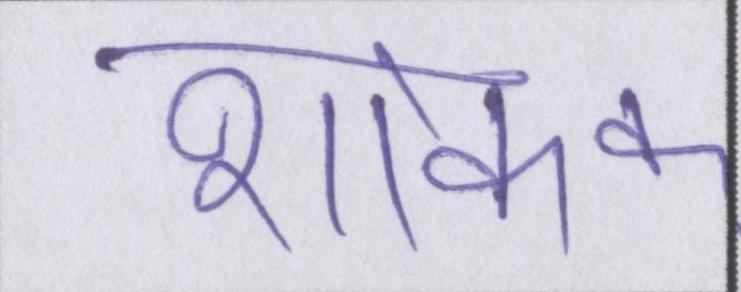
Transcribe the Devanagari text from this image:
शोक।